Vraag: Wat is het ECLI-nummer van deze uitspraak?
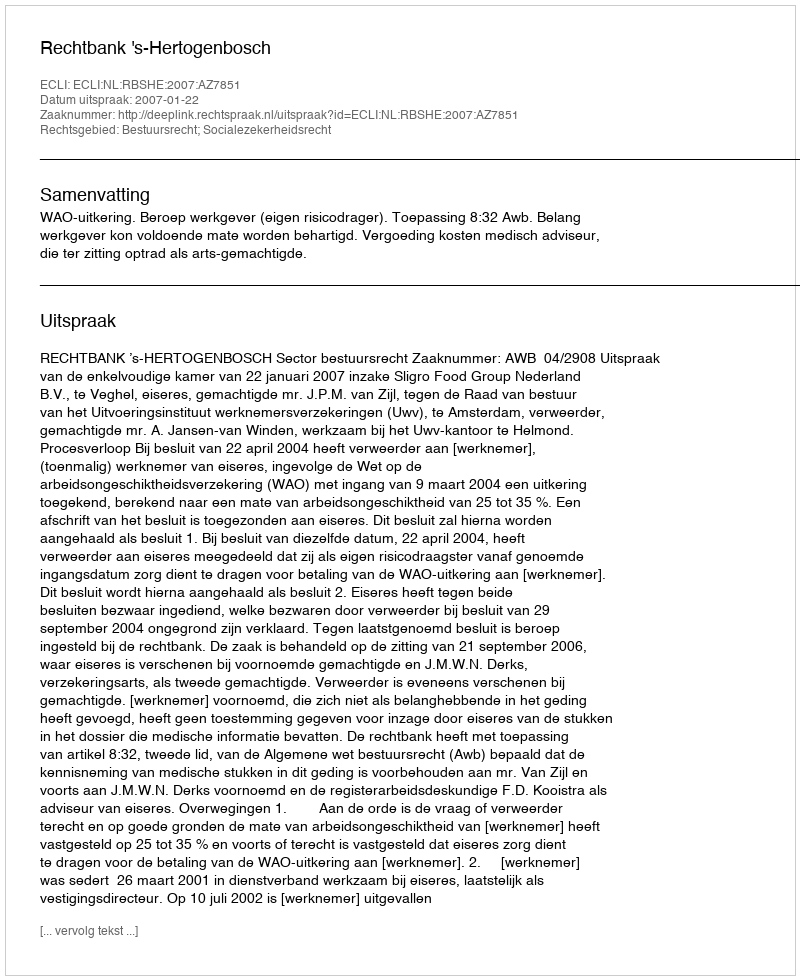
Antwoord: ECLI:NL:RBSHE:2007:AZ7851